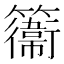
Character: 𥶽